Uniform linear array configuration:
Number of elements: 24
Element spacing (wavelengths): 1
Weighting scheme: uniform
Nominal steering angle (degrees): -15
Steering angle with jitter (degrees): -13.737
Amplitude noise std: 0.05
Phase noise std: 0.05

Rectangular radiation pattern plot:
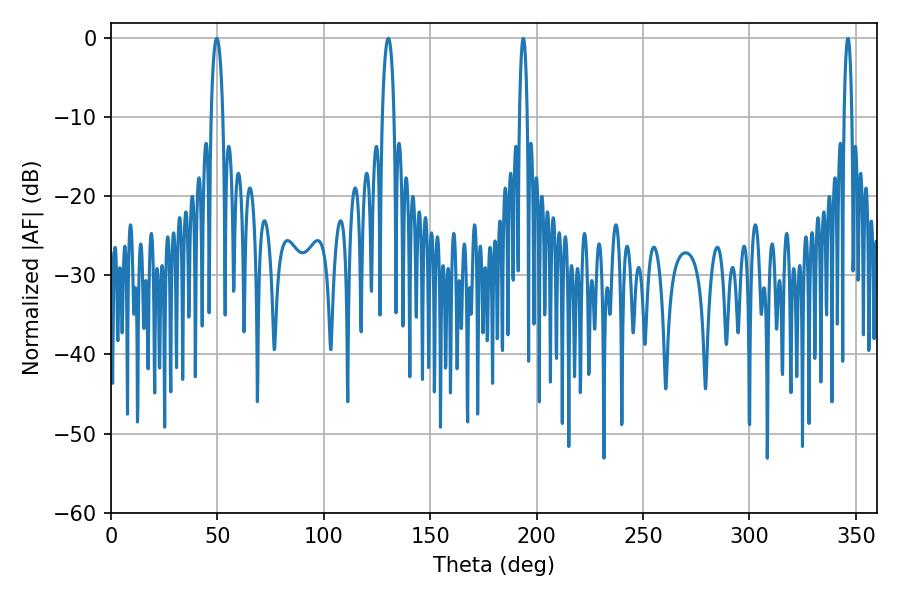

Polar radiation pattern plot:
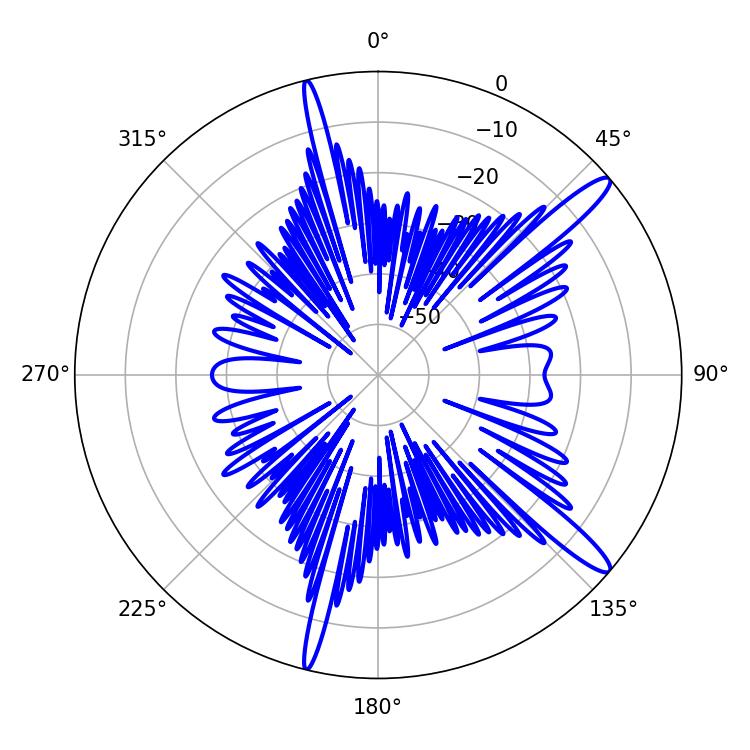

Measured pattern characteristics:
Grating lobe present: TRUE
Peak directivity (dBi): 14.129
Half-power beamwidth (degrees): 3.06
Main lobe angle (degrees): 49.68